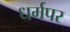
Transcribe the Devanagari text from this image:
धर्मपर